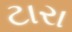
ટારા